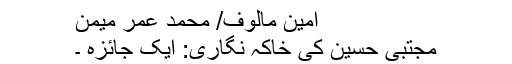
امین مالوف/ محمد عمر میمن
مجتبیٰ حسین کی خاکہ نگاری: ایک جائزہ ۔